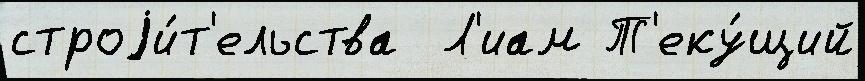
строjи́т'ельства  Л'иам Т'еку́щий